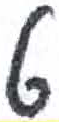
אות: ט